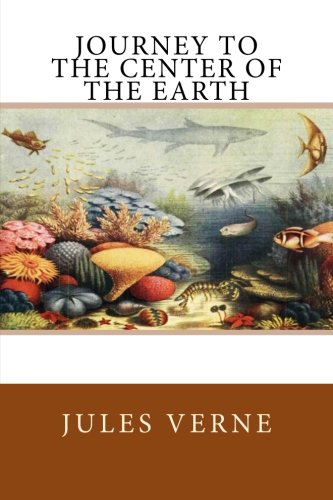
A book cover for Journey to the Center of the Earth; Jules Verne; Literature & Fiction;